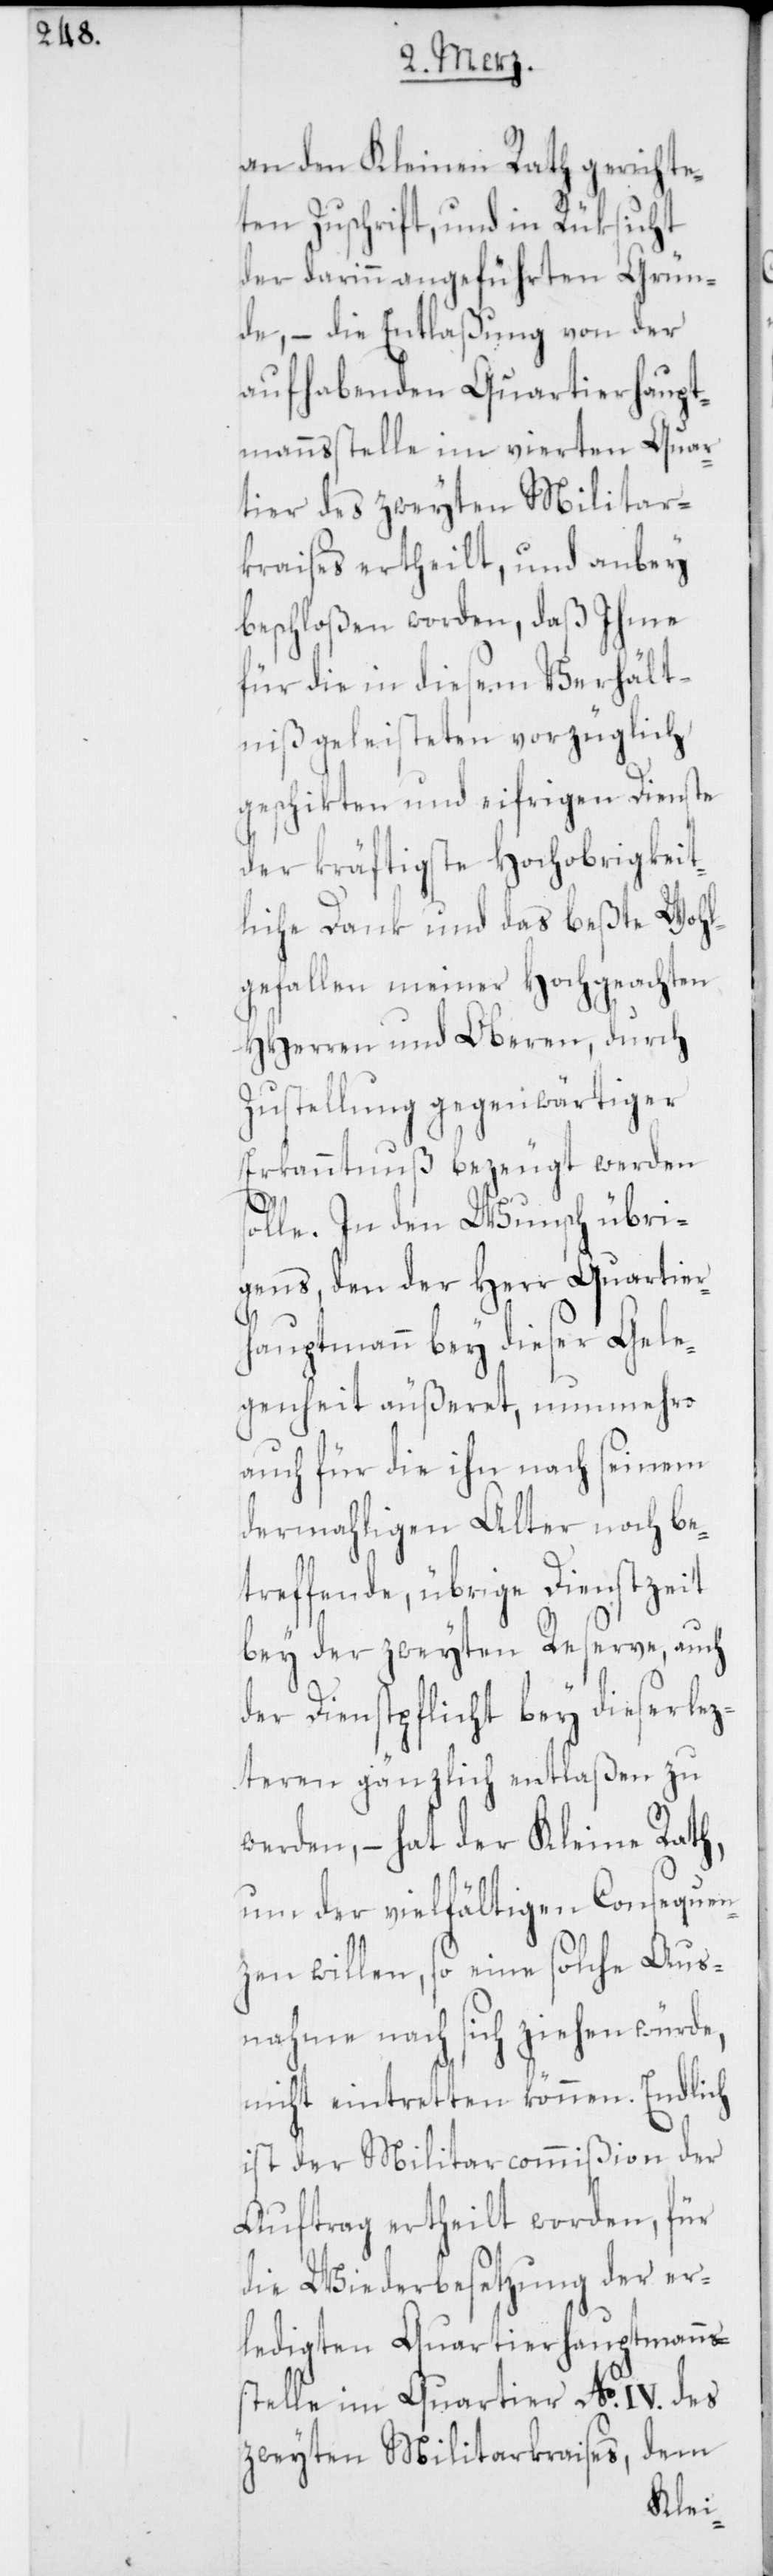
an den Kleinen Rath gerichte¬
ten Zuschrift, und in Rüksicht
der darinn angeführten Grün¬
de, – die Entlaßung von der
aufhabenden Quartierhaupt¬
mannsstelle im vierten Quar¬
tier des zweyten Militar¬
kraises ertheilt, und anbey
beschloßen worden, daß ihme
für die in diesem Verhält¬
niß geleisteten vorzüglich
geschikten und eifrigen Dienste
der kräftigste hochobrigkeit¬
liche Dank und das beßte Wohl¬
gefallen meiner Hochgeachten
HHerren und Oberen, durch
Zustellung gegenwärtiger
Erkanntnuß bezeugt werden
solle. In den Wunsch übri¬
gens, den der Herr Quartier¬
hauptmann bey dieser Gele¬
genheit äußeret, nunmehro
auch für die ihn nach seinem
dermahligen Alter noch be¬
treffende, übrige Dienstzeit
bey der zweyten Reserve auch
der Dienstpflicht bey dieser lez¬
teren gänzlich entlaßen zu
werden, – hat der Kleine Rath,
um der vielfältigen Consequen¬
zen willen, so eine solche Aus¬
nahme nach sich ziehen würde,
nicht eintretten können. Endlich
ist der Militarcommißion der
Auftrag ertheilt worden, für
die Wiederbesetzung der er¬
ledigten Quartierhauptmanns¬
stelle im Quartier No. IV. des
zweyten Militairkraises, dem